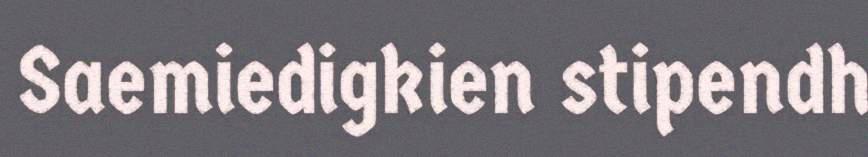
Saemiedigkien stipendh